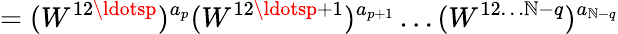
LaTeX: =(W^{12\ldotsp})^{a_{p}}(W^{12\ldotsp+1})^{a_{p+1}}\ldots(W^{12\ldots\mathbb{N}-q})^{a_{\mathbb{N}-q}}